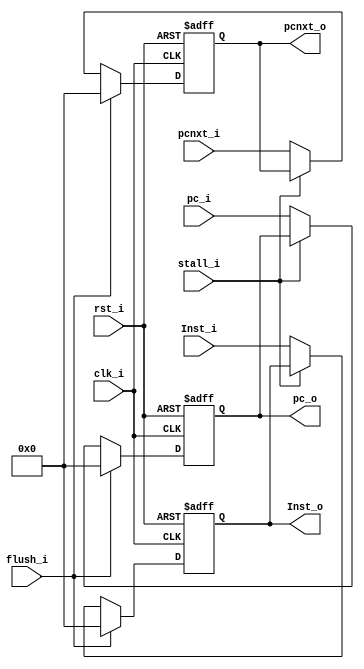
module IFID (
    input [31:0] pc_i,
    output [31:0] pc_o,

    input [31:0] Inst_i,
    output [31:0] Inst_o,

    input [31:0] pcnxt_i,
    output [31:0] pcnxt_o,
    
    input flush_i, stall_i,

    input rst_i,
    input clk_i
);

reg [31:0] pc_s;
reg [31:0] Inst_s;

reg [31:0] pcnxt_s;

always@(posedge clk_i or negedge rst_i) begin
    if(~rst_i) begin
        pc_s <= 32'b0;
        Inst_s <= 32'b0;
        pcnxt_s <= 32'b0;
    end else begin
        if (flush_i == 1'b1) begin
            pc_s <= 32'b0;
            Inst_s <= 32'b0;
            pcnxt_s <= 32'b0;
        end else if(stall_i == 1'b1) begin
            pc_s <= pc_s;
            Inst_s <= Inst_s;
            pcnxt_s <= pcnxt_s;
        end else begin
            pc_s <= pc_i;
            Inst_s <= Inst_i;
            pcnxt_s <= pcnxt_i;
        end
    end
end

assign pc_o = pc_s;
assign Inst_o = Inst_s;
assign pcnxt_o = pcnxt_s;

endmodule